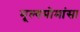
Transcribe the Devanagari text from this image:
मूल्यमोमांसा